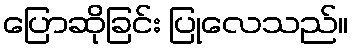
ပြောဆိုခြင်း ပြုလေသည်။